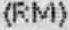
(RM)